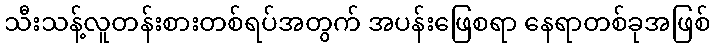
သီးသန့်လူတန်းစားတစ်ရပ်အတွက် အပန်းဖြေစရာ နေရာတစ်ခုအဖြစ်